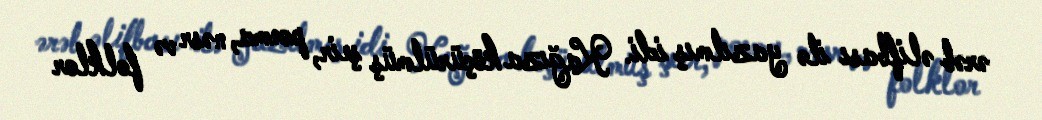
ərəb əlifbası ilə yazılmış idi. Kağıza köçürülmüş şeir, poema, nəsr və folklor